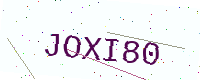
Text: JOXI80